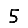
Digit: 5